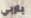
باربي